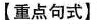
【重点句式】